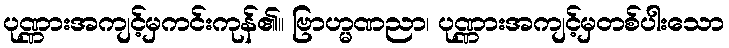
ပုဏ္ဏားအကျင့်မှကင်းကုန်၏။ ဗြာဟ္မဏညာ၊ ပုဏ္ဏားအကျင့်မှတစ်ပါးသော